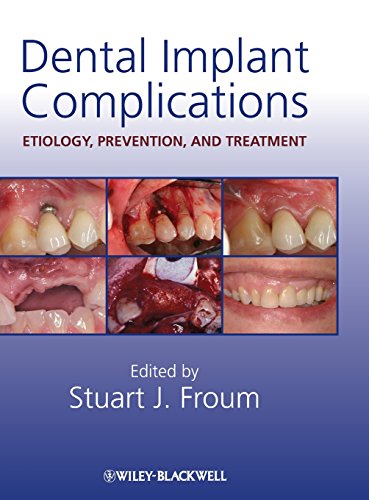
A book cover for Dental Implant Complications: Etiology, Prevention, and Treatment; Medical Books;